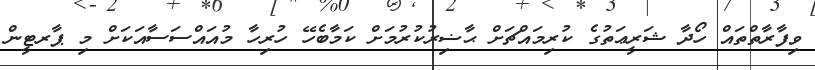
ވިފާރާތްތައް ހޯދާ ޝަރީޢަތުގެ ކުރިމައްޗަށް ޙާޟިރުކުރުމަށް ކަމާބެހޭ ހުރިހާ މުއައްސަސާއަކަށް މި ޕާރޓީން